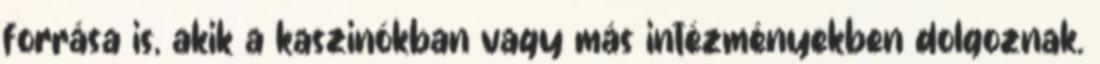
forrása is, akik a kaszinókban vagy más intézményekben dolgoznak.